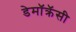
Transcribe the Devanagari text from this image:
डेमॉक्रॅसी